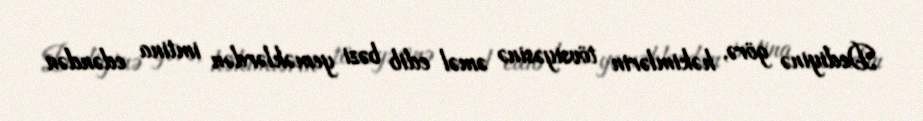
Dediyinə görə, həkimlərin tövsiyəsinə əməl edib bəzi yeməklərdən imtina edəndən